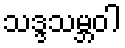
သဒ္ဒသမ္ဘဝါ